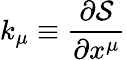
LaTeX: k_{\mu}{}\equiv{}\displaystyle\frac{\partial{\cal S}}{\partial x^{\mu}}